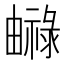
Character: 𤳨